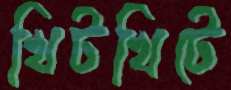
খিটখিটে